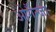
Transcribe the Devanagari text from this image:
ओर्गैन्जा